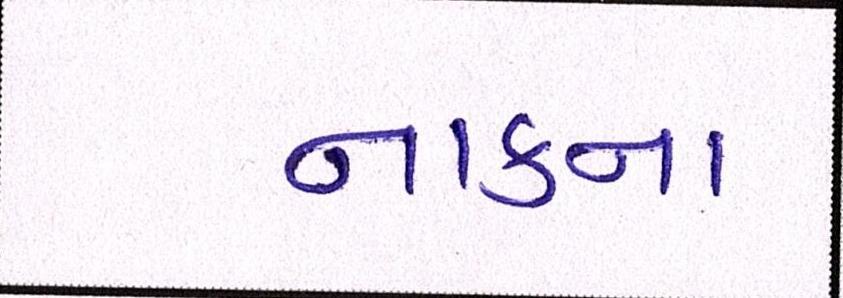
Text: નાકના